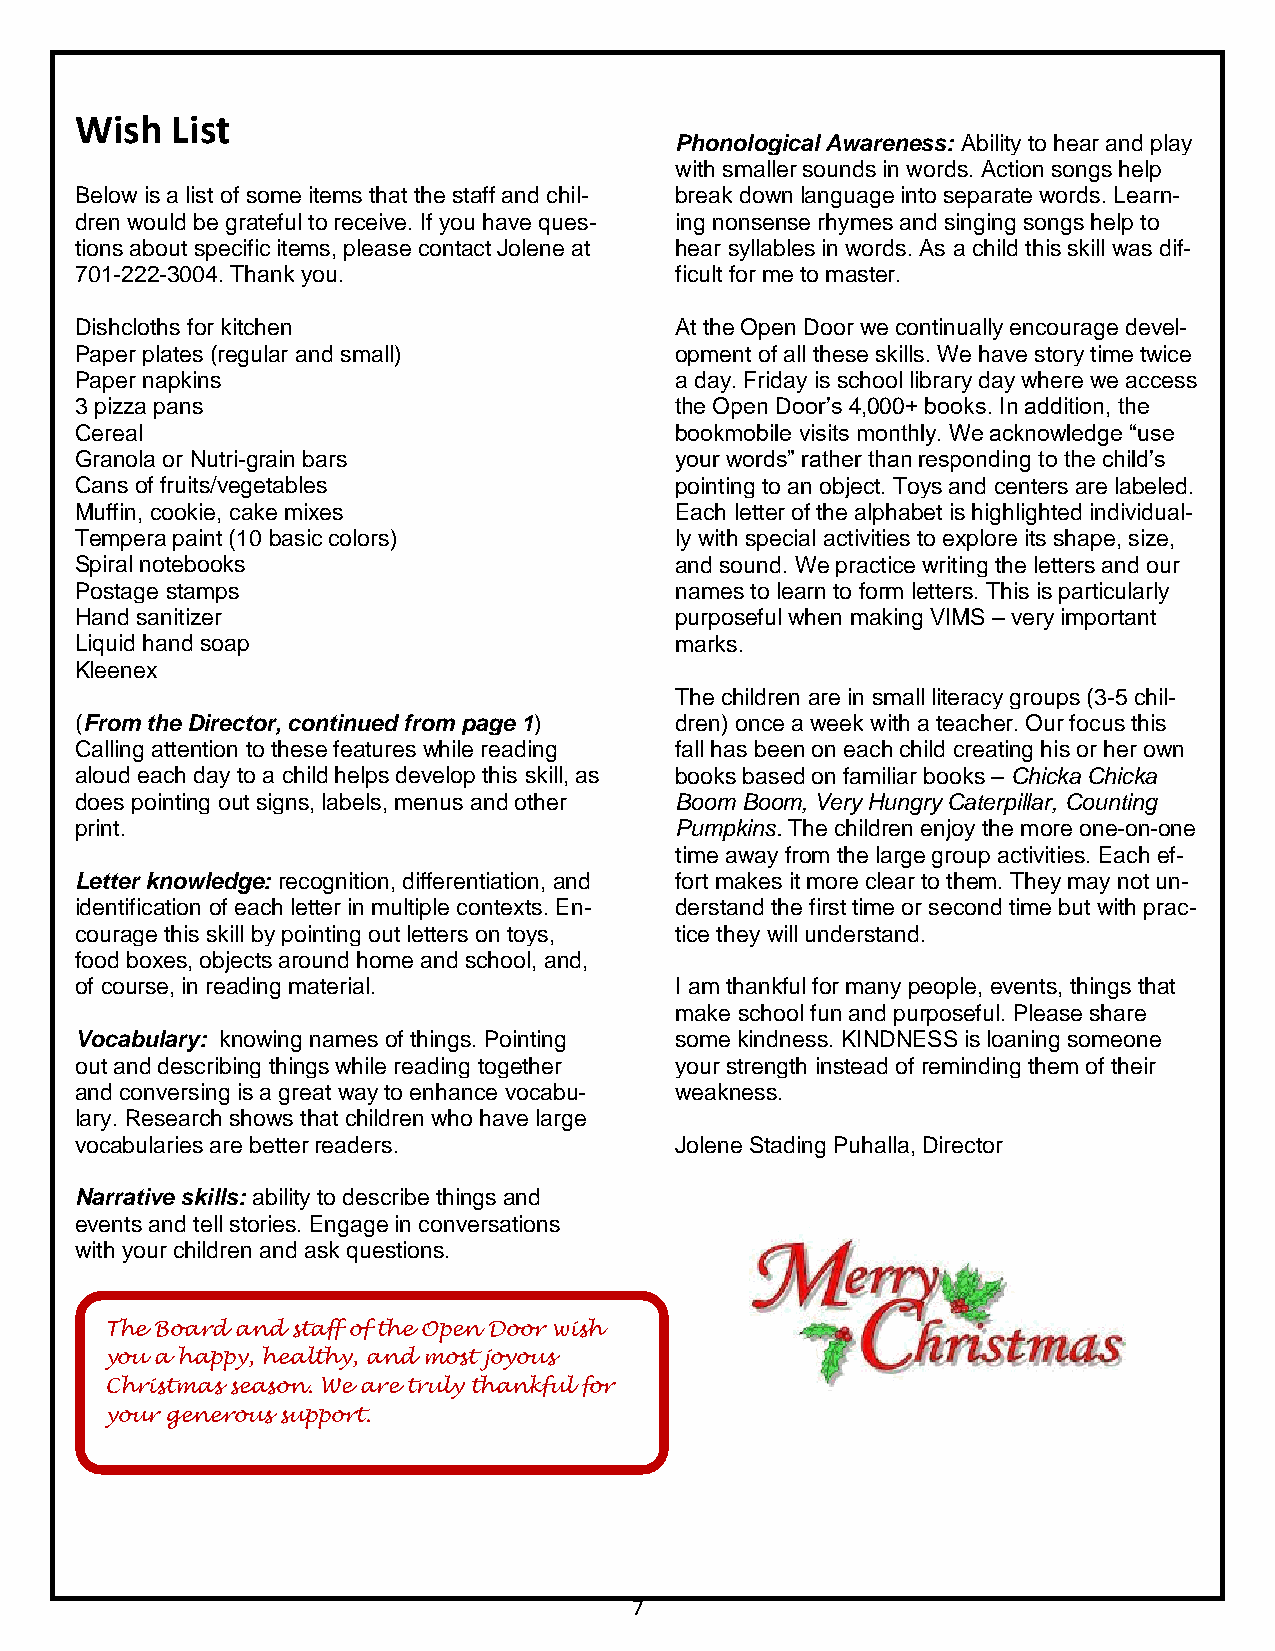
Wish  List
 Phonological Awareness: Ability to hear and play
 with smaller sounds in words. Action songs help
 Below is a list of some items that the staff and chil- break down language into separate words. Learn-
 dren would be grateful to receive. If you have ques- ing nonsense rhymes and singing songs help to
 tions about specific items, please contact Jolene at hear syllables in words. As a child this skill was dif-
 701-222-3004. Thank you.                ficult for me to master.
 Dishcloths for kitchen                  At the Open Door we continually encourage devel-
 Paper plates (regular and small)        opment of all these skills. We have story time twice
 Paper napkins                           a day. Friday is school library day where we access
 3 pizza pans                            the Open Door’s 4,000+ books. In addition, the
 Cereal                                  bookmobile visits monthly. We acknowledge “use
 Granola or Nutri-grain bars             your words” rather than responding to the child’s
 Cans of fruits/vegetables               pointing to an object. Toys and centers are labeled.
 Muffin, cookie, cake mixes              Each letter of the alphabet is highlighted individual-
 Tempera paint (10 basic colors)         ly with special activities to explore its shape, size,
 Spiral notebooks                        and sound. We practice writing the letters and our
 Postage stamps                          names to learn to form letters. This is particularly
 Hand sanitizer                          purposeful when making VIMS – very important
 Liquid hand soap                        marks.
 Kleenex
 The children are in small literacy groups (3-5 chil-
 (From the Director, continued from page 1) dren) once a week with a teacher. Our focus this
 Calling attention to these features while reading fall has been on each child creating his or her own
 aloud each day to a child helps develop this skill, as books based on familiar books – Chicka Chicka
 does pointing out signs, labels, menus and other Boom Boom, Very Hungry Caterpillar, Counting
 print.                                  Pumpkins. The children enjoy the more one-on-one
 time away from the large group activities. Each ef-
 Letter knowledge: recognition, differentiation, and fort makes it more clear to them. They may not un-
 identification of each letter in multiple contexts. En- derstand the first time or second time but with prac-
 courage this skill by pointing out letters on toys, tice they will understand.
 food boxes, objects around home and school, and,
 of course, in reading material.         I am thankful for many people, events, things that
 make school fun and purposeful. Please share
 Vocabulary: knowing names of things. Pointing some kindness. KINDNESS is loaning someone
 out and describing things while reading together your strength instead of reminding them of their
 and conversing is a great way to enhance vocabu- weakness.
 lary. Research shows that children who have large
 vocabularies are better readers.        Jolene Stading Puhalla, Director
 Narrative skills: ability to describe things and
 events and tell stories. Engage in conversations
 with your children and ask questions.
 The Board and staff of the Open Door wish
 you a happy, healthy, and most joyous
 Christmas season. We are truly thankful for
 your generous support.
 7